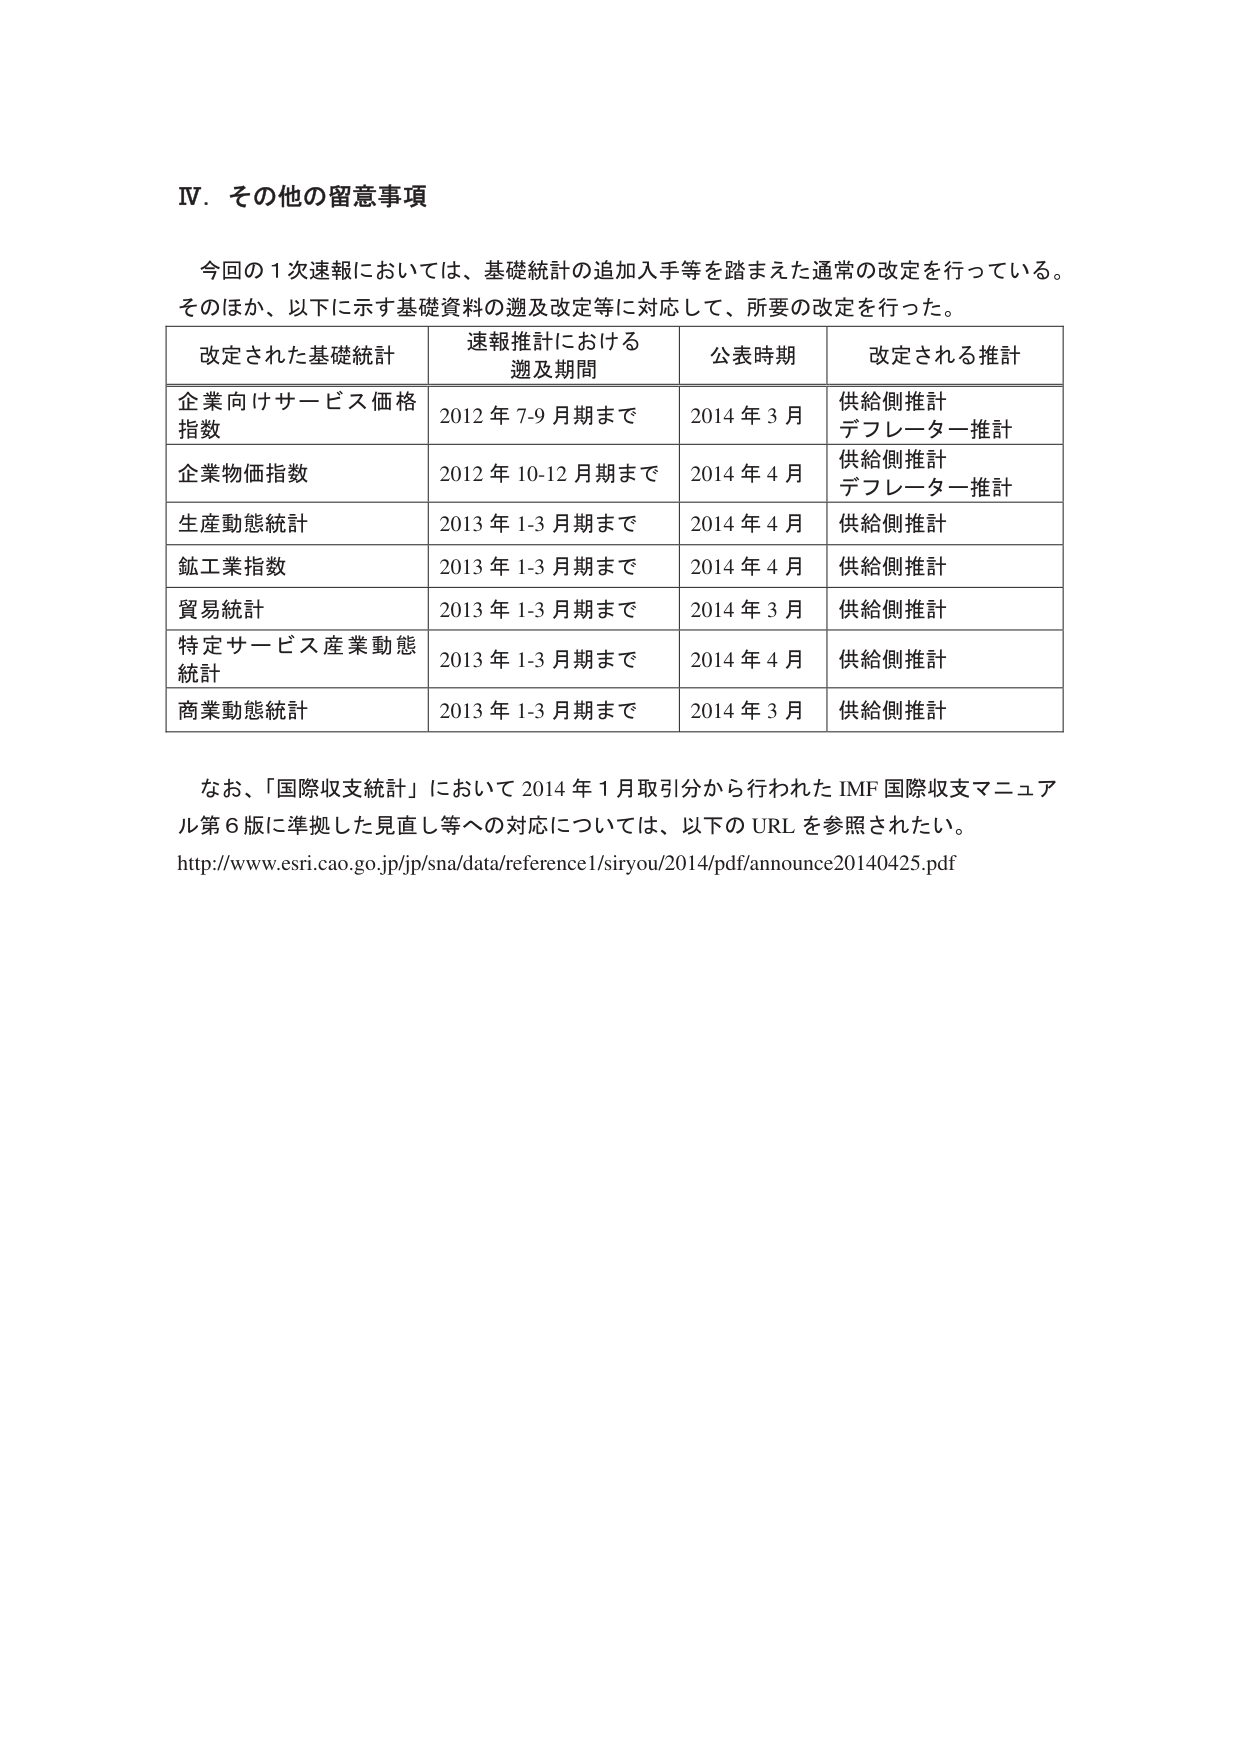
Ⅳ．その他の留意事項

今回の１次速報においては、基礎統計の追加入手等を踏まえた通常の改定を行っている。
そのほか、以下に示す基礎資料の遡及改定等に対応して、所要の改定を行った。

| 改定された基礎統計 | 速報推計における遡及期間 | 公表時期 | 改定される推計 |
|------------------|------------------------|----------|--------------|
| 企業向けサービス価格指数 | 2012年7-9月期まで | 2014年3月 | 供給側推計<br>デフレーター推計 |
| 企業物価指数 | 2012年10-12月期まで | 2014年4月 | 供給側推計<br>デフレーター推計 |
| 生産動態統計 | 2013年1-3月期まで | 2014年4月 | 供給側推計 |
| 鉱工業指数 | 2013年1-3月期まで | 2014年4月 | 供給側推計 |
| 貿易統計 | 2013年1-3月期まで | 2014年3月 | 供給側推計 |
| 特定サービス産業動態統計 | 2013年1-3月期まで | 2014年4月 | 供給側推計 |
| 商業動態統計 | 2013年1-3月期まで | 2014年3月 | 供給側推計 |

なお、「国際収支統計」において2014年1月取引分から行われたIMF国際収支マニュアル第6版に準拠した見直し等への対応については、以下のURLを参照されたい。
http://www.esri.cao.go.jp/jp/sna/data/reference1/siryou/2014/pdf/announce20140425.pdf